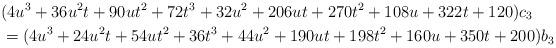
LaTeX: \begin{align*}& (4u^3+36u^2t+90ut^2+72t^3+32u^2+206ut+270t^2+108u+322t+120)c_3 \\& =(4u^3+24u^2t+54ut^2+36t^3+44u^2+190ut+198t^2+160u+350t+200)b_3\end{align*}